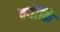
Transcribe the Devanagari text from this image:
क्यॊंकि